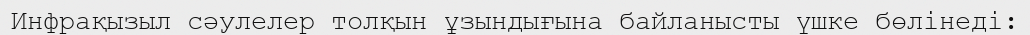
Инфрақызыл сәулелер толқын ұзындығына байланысты үшке бөлінеді: